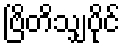
ဗြိတိသျှပိုင်